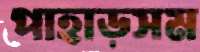
পাহাড়সম